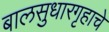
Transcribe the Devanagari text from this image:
बालसुधारगृहाचे